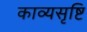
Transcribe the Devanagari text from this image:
काव्यसृष्टि